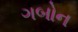
ગબોન